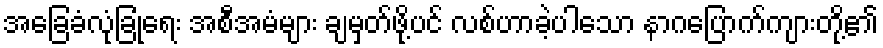
အခြေခံလုံခြုံရေး အစီအမံများ ချမှတ်ဖို့ပင် လစ်ဟာခဲ့ပါသော နာဂပြောက်ကျားတို့၏